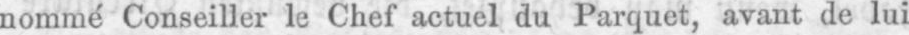
nommé Conseiller le Chef actuel du Parquet, avant de lui